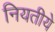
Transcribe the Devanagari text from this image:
नियतीये